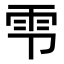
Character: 𫕝